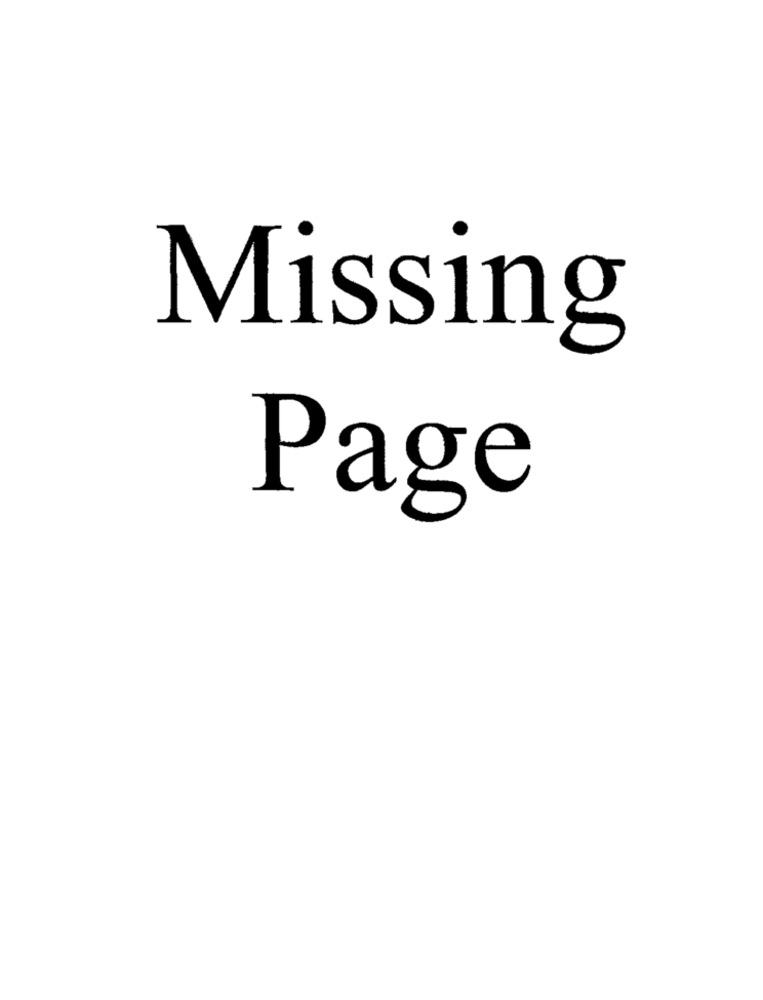
Missing
Page